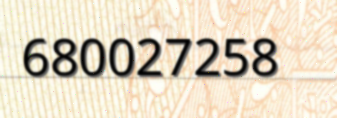
680027258